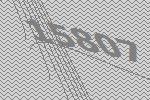
15807